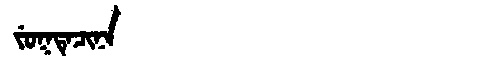
Manchu: ᠵᡠᡴᡨᡝᠴᡳᠨᠠ
Romanization: JUKTECINA